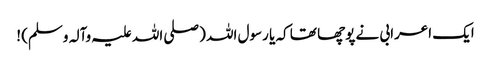
ایک اعرابی نے پوچھا تھا کہ یا رسول اللہ (صلی اللہ علیہ وآلہ وسلم) !